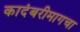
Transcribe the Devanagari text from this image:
कादंबरीमागचा